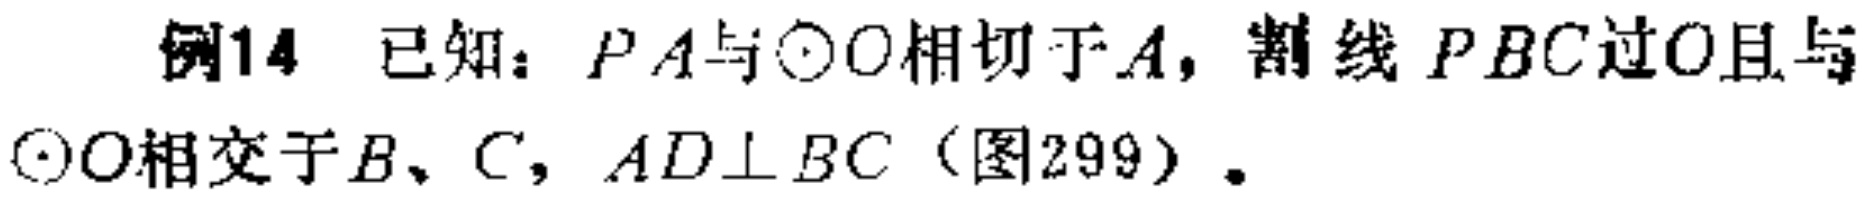
例14 已知：$PA$与$\odot O$相切于$A$，割线$PBC$过$O$且与$\odot O$相交于$B、C$，$AD\perp BC$（图299）。